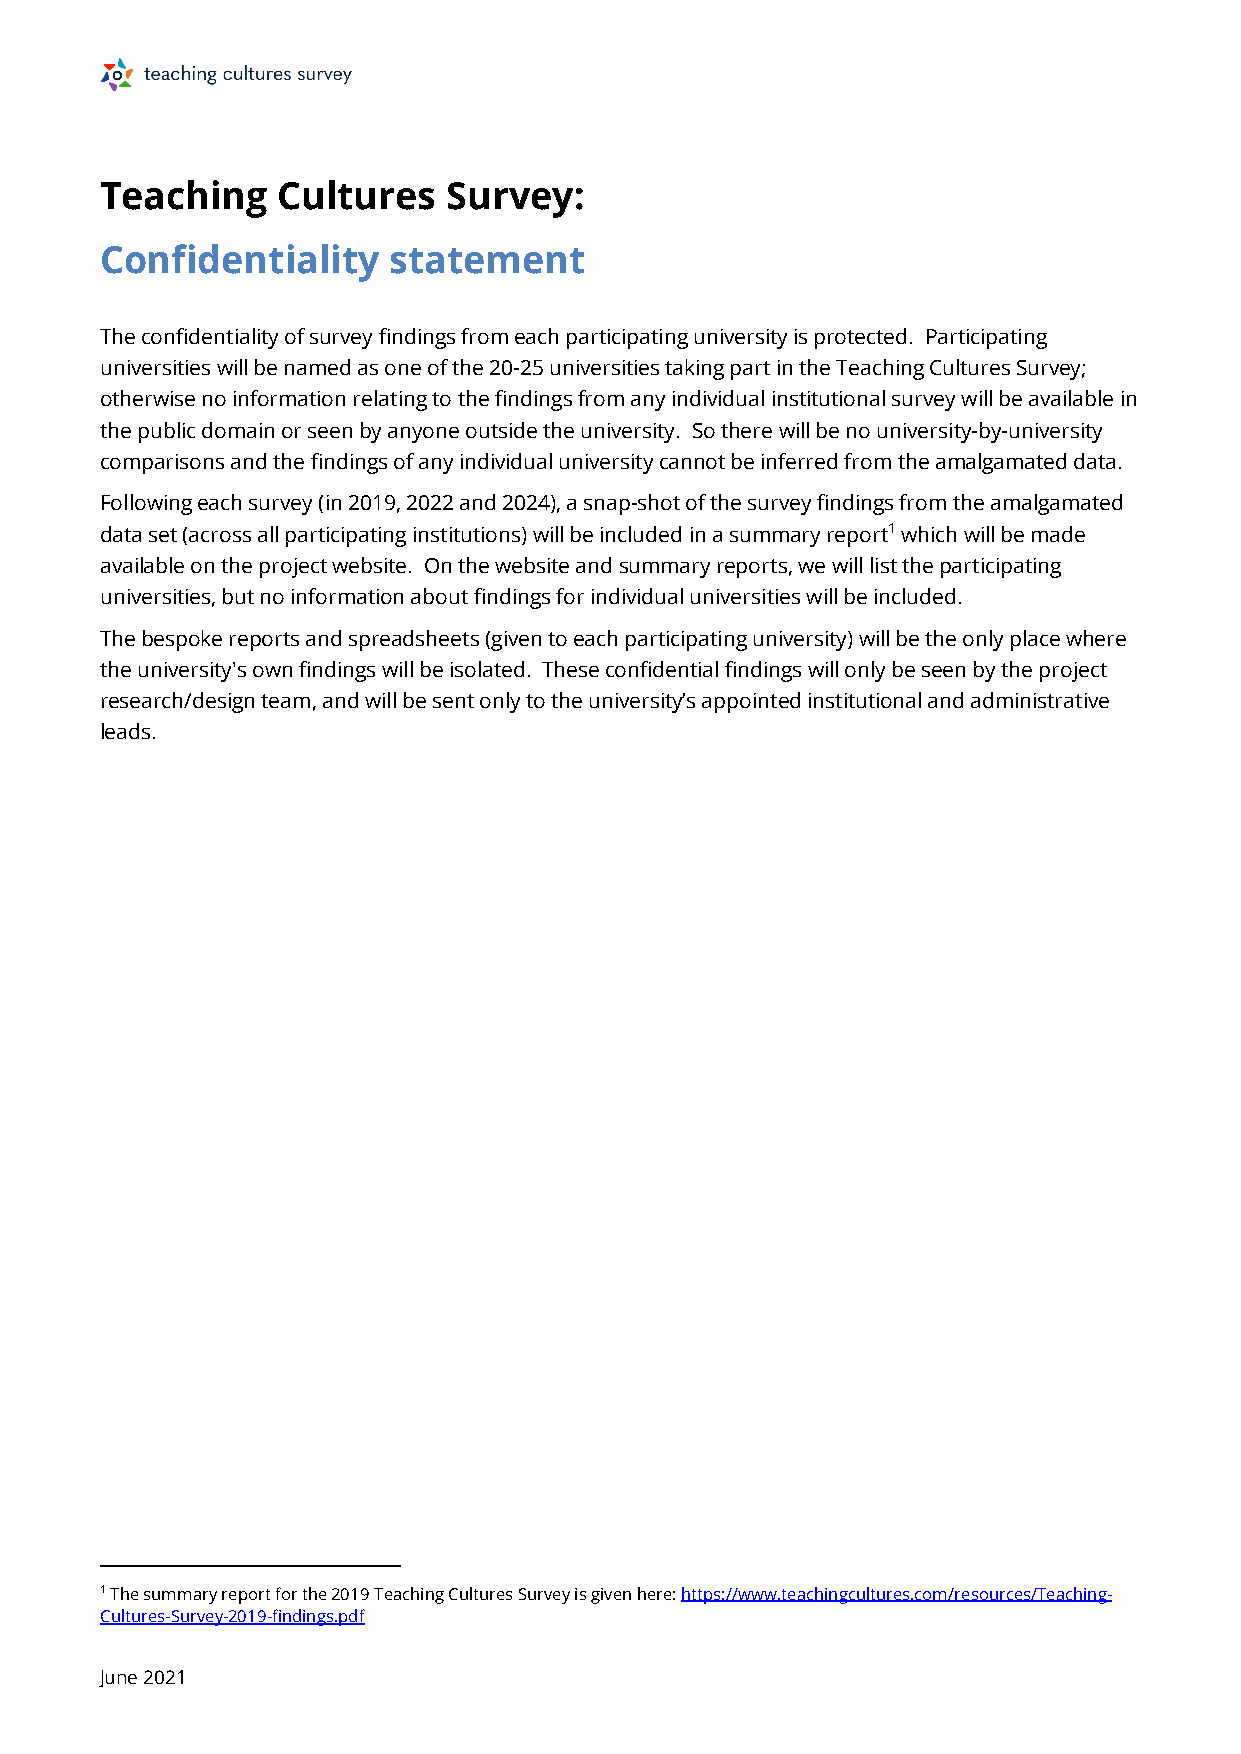
Teaching   Cultures    Survey:
 Confidentiality    statement
 The confidentiality of survey findings from each participating university is protected. Participating
 universities will be named as one of the 20-25 universities taking part in the Teaching Cultures Survey;
 otherwise no information relating to the findings from any individual institutional survey will be available in
 the public domain or seen by anyone outside the university. So there will be no university-by-university
 comparisons and the findings of any individual university cannot be inferred from the amalgamated data.
 Following each survey (in 2019, 2022 and 2024), a snap-shot of the survey findings from the amalgamated
 data set (across all participating institutions) will be included in a summary report1 which will be made
 available on the project website. On the website and summary reports, we will list the participating
 universities, but no information about findings for individual universities will be included.
 The bespoke reports and spreadsheets (given to each participating university) will be the only place where
 the university's own findings will be isolated. These confidential findings will only be seen by the project
 research/design team, and will be sent only to the university’s appointed institutional and administrative
 leads.
 1 The summary report for the 2019 Teaching Cultures Survey is given here: https://www.teachingcultures.com/resources/Teaching-
 Cultures-Survey-2019-findings.pdf
 June 2021